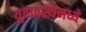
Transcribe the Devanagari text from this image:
युवावस्थेमध्ये